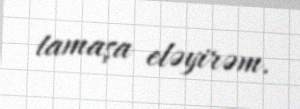
tamaşa eləyirəm.